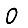
Digit: 0